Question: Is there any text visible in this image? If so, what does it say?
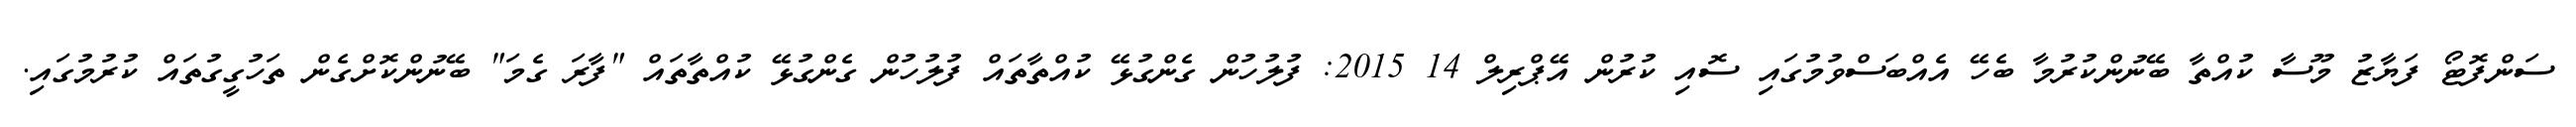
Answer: ސަންފޮޓޯ ފަޔާޒު މޫސާ ކުއްތާ ބޭނުންކުރުމާ ބެހޭ އެއްބަސްވުމުގައި ސޮއި ކުރުން އޭޕްރިލް 14 2015: ފުލުހުން ގެންގުޅޭ ކުއްތާތައް ފުލުހުން ގެންގުޅޭ ކުއްތާތައް "ފާރަ ގެމަ" ބޭނުންކޮށްގެން ތަހުގީގުތައް ކުރުމުގައި.